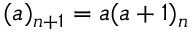
( a ) _ { n + 1 } = a ( a + 1 ) _ { n }